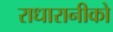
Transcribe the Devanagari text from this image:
राधारानीको